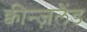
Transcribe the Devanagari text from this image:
क्वीन्ज़लैंड